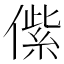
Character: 𱏑